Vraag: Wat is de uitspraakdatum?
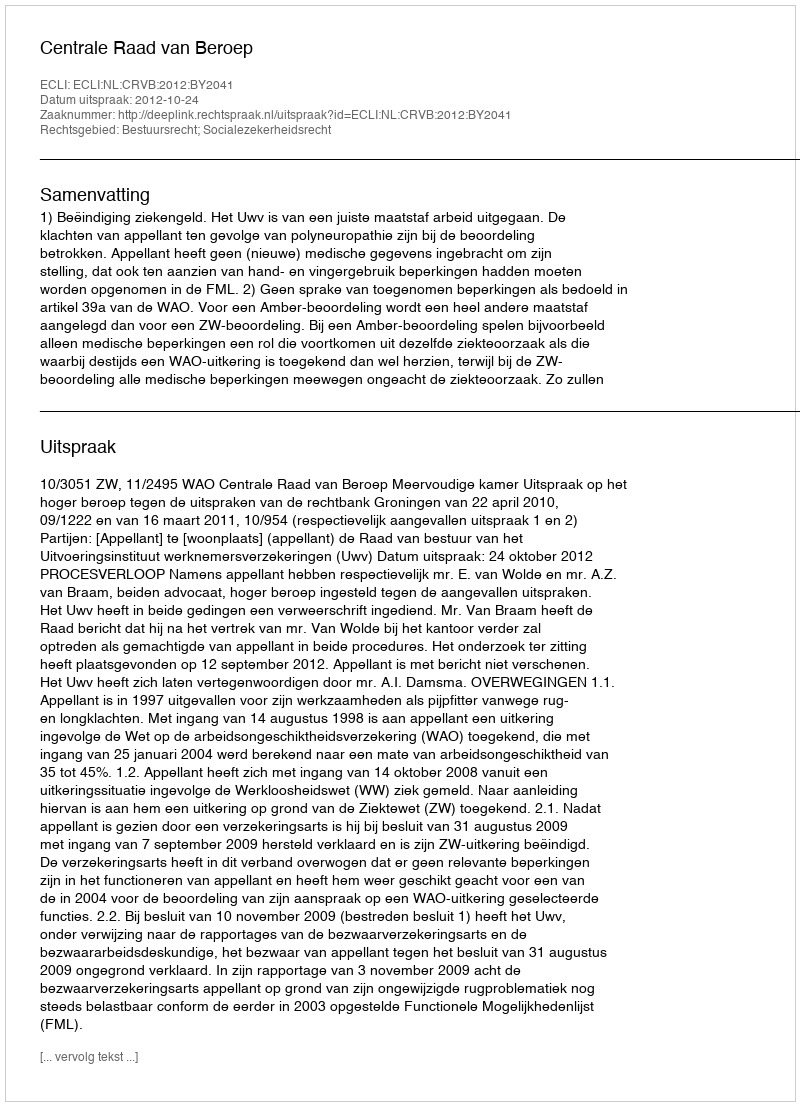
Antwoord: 2012-10-24